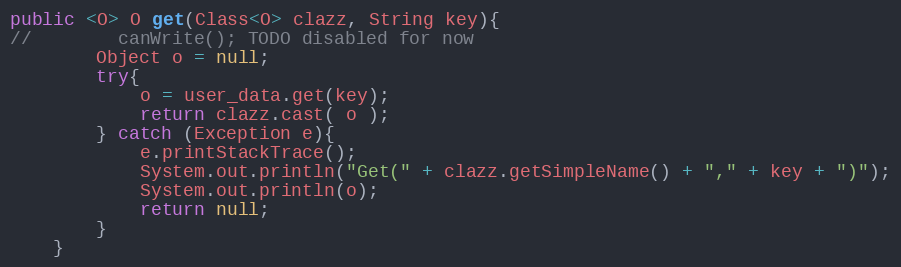
Language: Java
public <O> O get(Class<O> clazz, String key){
//        canWrite(); TODO disabled for now
        Object o = null;
        try{
            o = user_data.get(key);
            return clazz.cast( o );
        } catch (Exception e){
            e.printStackTrace();
            System.out.println("Get(" + clazz.getSimpleName() + "," + key + ")");
            System.out.println(o);
            return null;
        }
    }